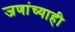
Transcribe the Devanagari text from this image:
जणांच्याही